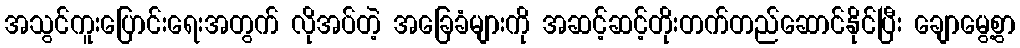
အသွင်ကူးပြောင်းရေးအတွက် လိုအပ်တဲ့ အခြေခံများကို အဆင့်ဆင့်တိုးတက်တည်ဆောင်နိုင်ပြီး ချောမွေ့စွာ